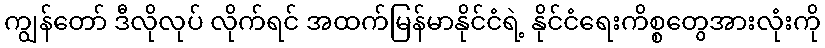
ကျွန်တော် ဒီလိုလုပ် လိုက်ရင် အထက်မြန်မာနိုင်ငံရဲ့ နိုင်ငံရေးကိစ္စတွေအားလုံးကို